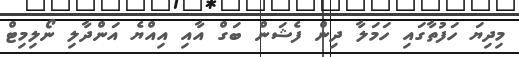
މިދިޔަ ހަފުތާގައި ހަމަލާ ދިން ފެޝަން ބަގް އާއި އިއްޔެ އަންދާލި ނޯލިމިޓް